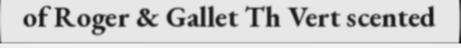
of Roger & Gallet Th Vert scented